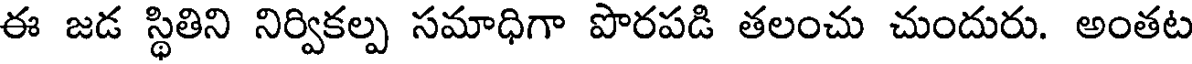
ఈ జడ స్థితిని నిర్వికల్ప సమాధిగా పొరపడి తలంచు చుందురు. అంతట